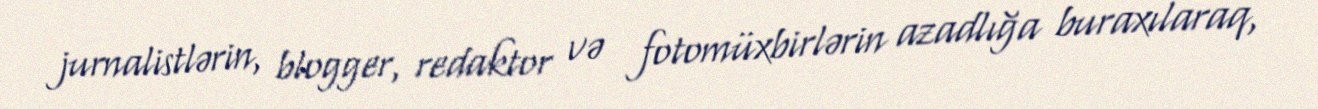
jurnalistlərin, blogger, redaktor və fotomüxbirlərin azadlığa buraxılaraq,